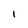
Character: I